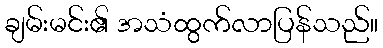
ချမ်းမင်း၏ အသံထွက်လာပြန်သည်။